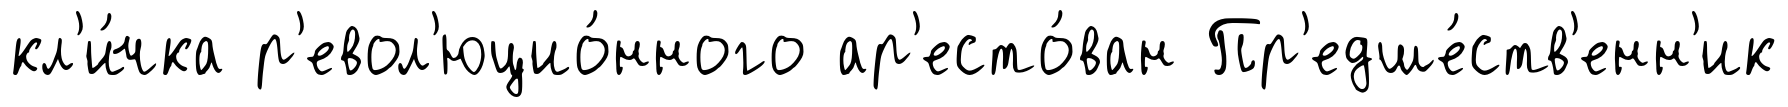
кл'и́чка р'евол'юцио́нного ар'есто́ван Пр'едше́ств'енн'ик